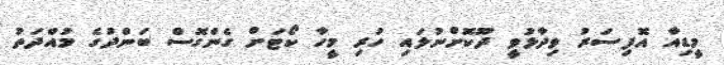
މީޑިއާ އޮފިސަރު ވިދާޅުވީ ދޫކޮށްނުލައި ހުރި މީހާ ކޯޓަށް ގެންގޮސް ބަންދުގެ މުއްދަތު